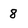
Character: 8